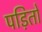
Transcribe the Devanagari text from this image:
पड़ितों